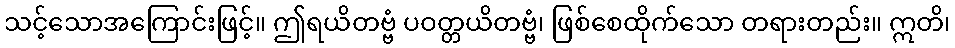
သင့်သောအကြောင်းဖြင့်။ ဤရယိတဗ္ဗံ ပဝတ္တယိတဗ္ဗံ၊ ဖြစ်စေထိုက်သော တရားတည်း။ ဣတိ၊